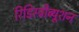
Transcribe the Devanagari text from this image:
रिडिस्ट्रीब्यूशन